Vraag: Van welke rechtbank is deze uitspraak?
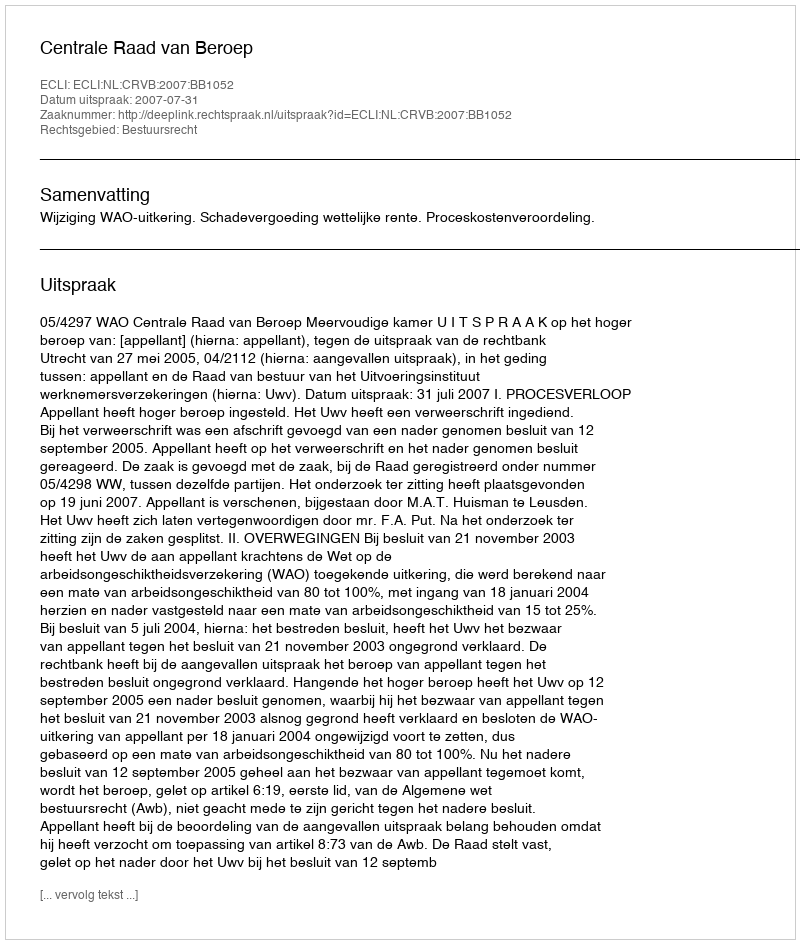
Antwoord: Centrale Raad van Beroep